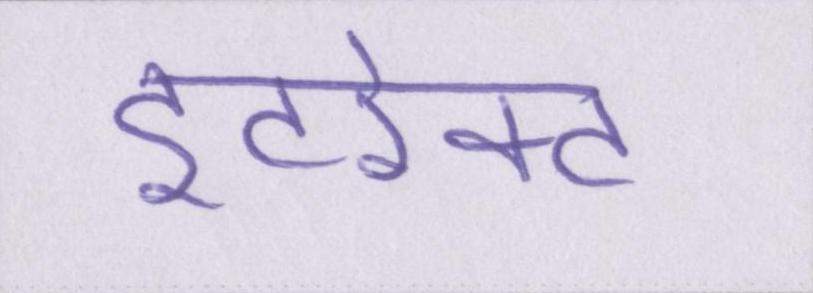
इंटरेक्ट